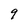
Character: 9